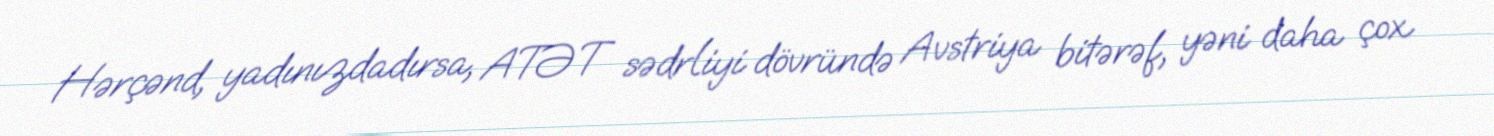
Hərçənd, yadınızdadırsa, ATƏT sədrliyi dövründə Avstriya bitərəf, yəni daha çox